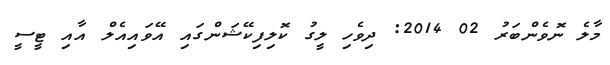
މާލެ ނޮވެންބަރު 02 2014: ދިވެހި ލީގު ކޮލިފިކޭޝަންގައި އޭވައިއެލް އާއި ޓީސީ